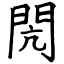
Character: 閌